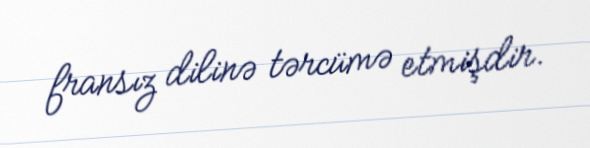
fransız dilinə tərcümə etmişdir.